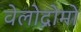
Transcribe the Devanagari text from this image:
वेलोद्रोमो